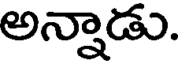
అన్నాడు.